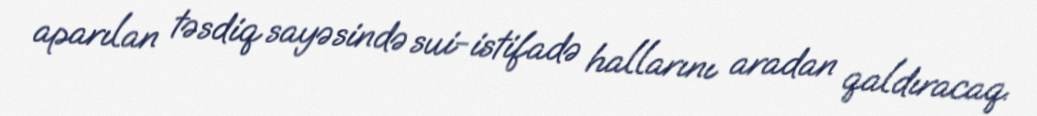
aparılan təsdiq sayəsində sui-istifadə hallarını aradan qaldıracaq.